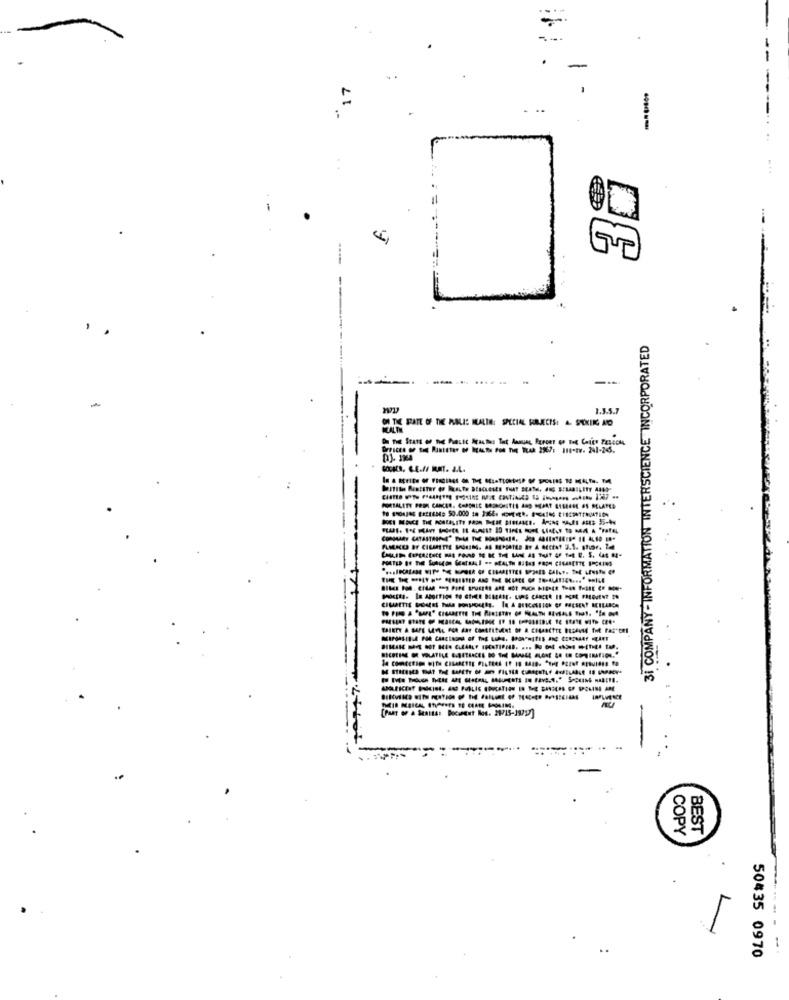
17
-
---
31 COMPANY-INFORMATION INTERSCIENCE INCORPORATED
----
-
1.3.5.7
THE FATE OF THE RALIS MALIN: SPECIAL PRECIS: - STIK AO
COPY
BEST
a
50435 0970